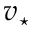
v _ { \star }